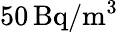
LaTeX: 50\, \mathrm{Bq}/\mathrm{m}^{3}